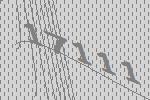
17111